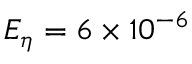
E _ { \eta } = 6 \times 1 0 ^ { - 6 }